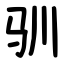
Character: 驯